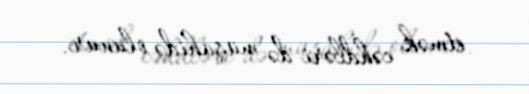
etmək cəhdləri də müşahidə olunur.